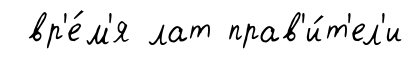
вр'е́м'я лат прав'и́т'ел'и